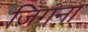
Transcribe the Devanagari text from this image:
जिगना